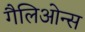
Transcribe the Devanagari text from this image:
गैलिओन्स